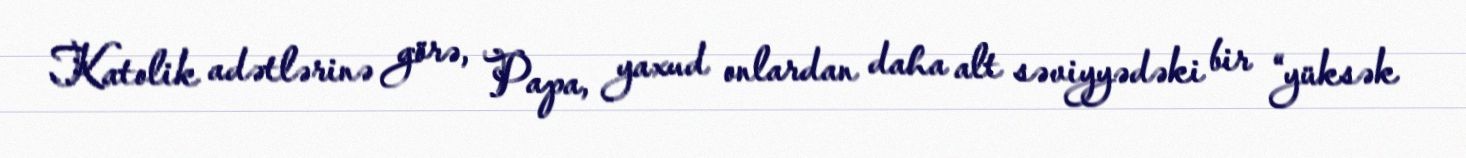
Katolik adətlərinə görə, Papa, yaxud onlardan daha alt səviyyədəki bir “yüksək